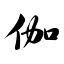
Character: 伽